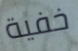
خفية